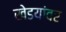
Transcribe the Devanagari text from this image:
खेडयांवर